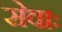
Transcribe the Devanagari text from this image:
सेवाः